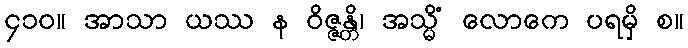
၄၁၀။ အာသာ ယဿ န ဝိဇ္ဇန္တိ၊ အသ္မိံ လောကေ ပရမှိ စ။